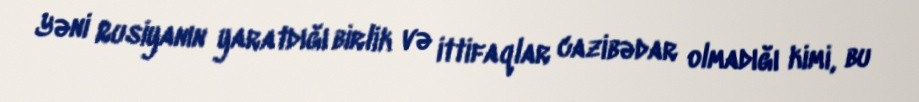
Yəni Rusiyanın yaratdığı birlik və ittifaqlar cazibədar olmadığı kimi, bu